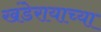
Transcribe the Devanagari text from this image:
खंडेरायाच्या